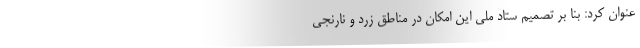
عنوان کرد: بنا بر تصمیم ستاد ملی این امکان در مناطق زرد و نارنجی